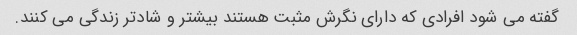
گفته می شود افرادی که دارای نگرش مثبت هستند بیشتر و شادتر زندگی می کنند.